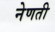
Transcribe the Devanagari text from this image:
नेणती